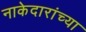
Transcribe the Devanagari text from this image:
नाकेदारांच्या